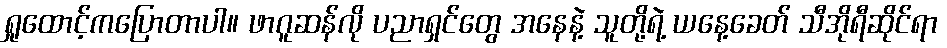
ရှုထောင့်ကပြောတာပါ။ ဖာဂူဆန်လို ပညာရှင်တွေ အနေနဲ့ သူတို့ရဲ့ ယနေ့ခေတ် သီအိုရီဆိုင်ရာ